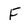
Character: F